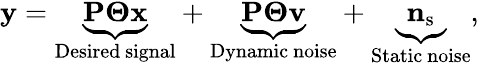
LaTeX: \begin{array}{r}{{\mathbf{y}}=\underbrace{{\mathbf{P}}{\mathbf\Theta}{\mathbf{x}}}_{\mathrm{Desired~signal}}+\underbrace{{\mathbf{P}}{\mathbf\Theta}{\mathbf{v}}}_{\mathrm{Dynamic~noise}}+\underbrace{{{\mathbf{n}}_{\mathrm{s}}}}_{\mathrm{Static~noise}},}\end{array}